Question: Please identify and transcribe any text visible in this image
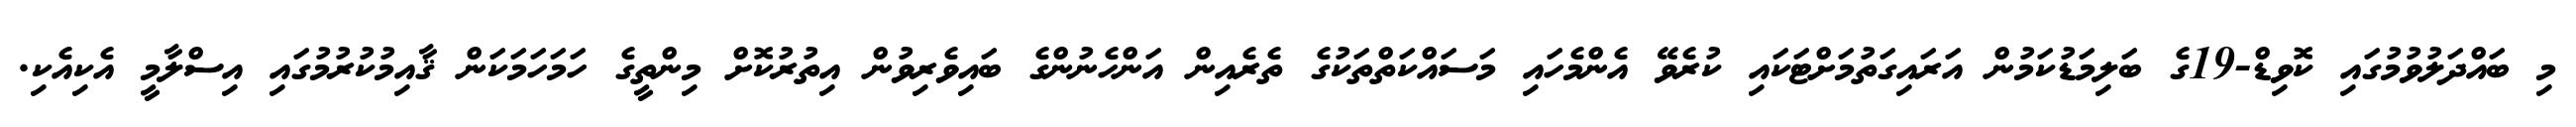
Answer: މި ބައްދަލުވުމުގައި ކޮވިޑް-19ގެ ބަލިމަޑުކަމުން އަރައިގަތުމަށްޓަކައި ކުރެވޭ އެންމެހައި މަސައްކަތްތަކުގެ ތެރެއިން އަންހެނުންގެ ބައިވެރިވުން އިތުރުކޮށް މިންތީގެ ހަމަހަމަކަން ޤާއިމުކުރުމުގައި އިސްލާމީ އެކިއެކި.